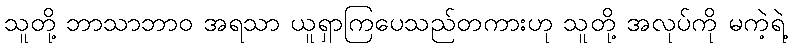
သူတို့ ဘာသာဘာဝ အရသာ ယူရှာကြပေသည်တကားဟု သူတို့ အလုပ်ကို မကဲ့ရဲ့